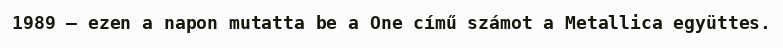
1989 – ezen a napon mutatta be a One című számot a Metallica együttes.